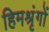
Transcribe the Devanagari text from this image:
हिमश्रृंगों